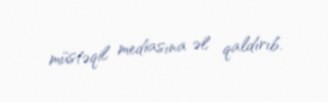
müstəqil mediasına əl qaldırıb.